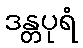
ဒန္တပုရံ